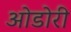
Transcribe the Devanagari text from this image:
ओडोरी